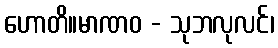
ဟောတိ။မာဏဝ - သုဘလုလင်၊